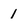
Character: 1